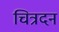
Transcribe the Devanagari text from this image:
चित्रदन